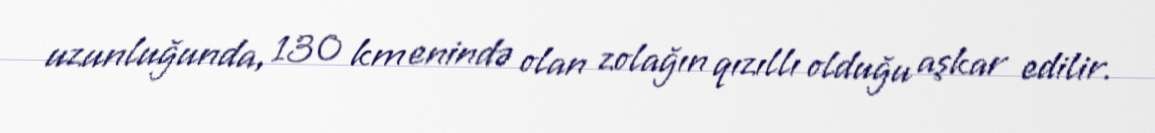
uzunluğunda, 130 km enində olan zolağın qızıllı olduğu aşkar edilir.